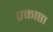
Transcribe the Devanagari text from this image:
प्रकाष्ठा